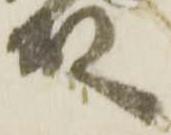
殿